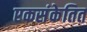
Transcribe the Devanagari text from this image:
एकसंकेतित